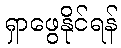
ရှာဖွေနိုင်ရန်